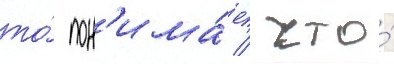
то́ пон'има́ет / что́